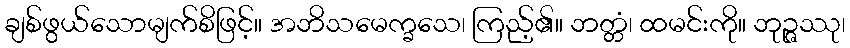
ချစ်ဖွယ်သောမျက်စိဖြင့်။ အဘိသမေက္ခသေ၊ ကြည့်၏။ ဘတ္တံ၊ ထမင်းကို။ ဘုဉ္ဇဿု၊